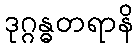
ဒုဂ္ဂန္ဓတရာနိ